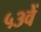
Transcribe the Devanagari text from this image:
५३वें